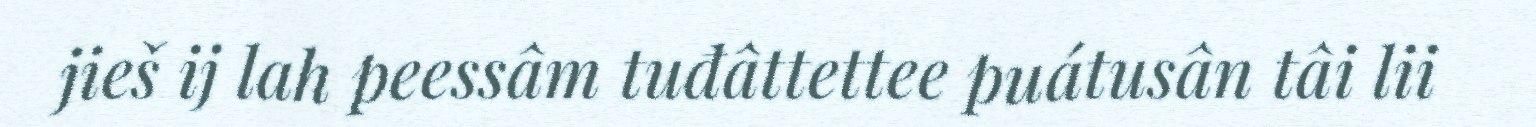
jieš ij lah peessâm tuđâttettee puátusân tâi lii